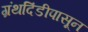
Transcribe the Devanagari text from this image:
ग्रंथदिंडीपासून